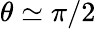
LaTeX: \theta\simeq\pi/2